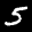
Label: 5